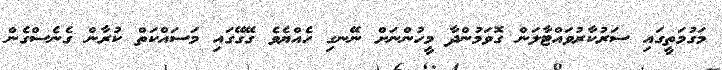
މަގުމަތީގައި ސަރުކާރުވައްޓާލަން ގޮވަމުންދާ މީހުންނަށް ނޭނގި ހެއްޔެވެ ގޭގޭގައި މަސައްކަތް ކުރާން ގެނެސްގެން